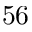
^ Ḋ 5 6 Ḍ